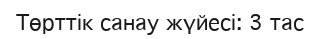
Төрттік санау жүйесі: 3 тас